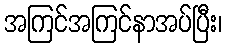
အကြင်အကြင်နာအပ်ပြီး၊